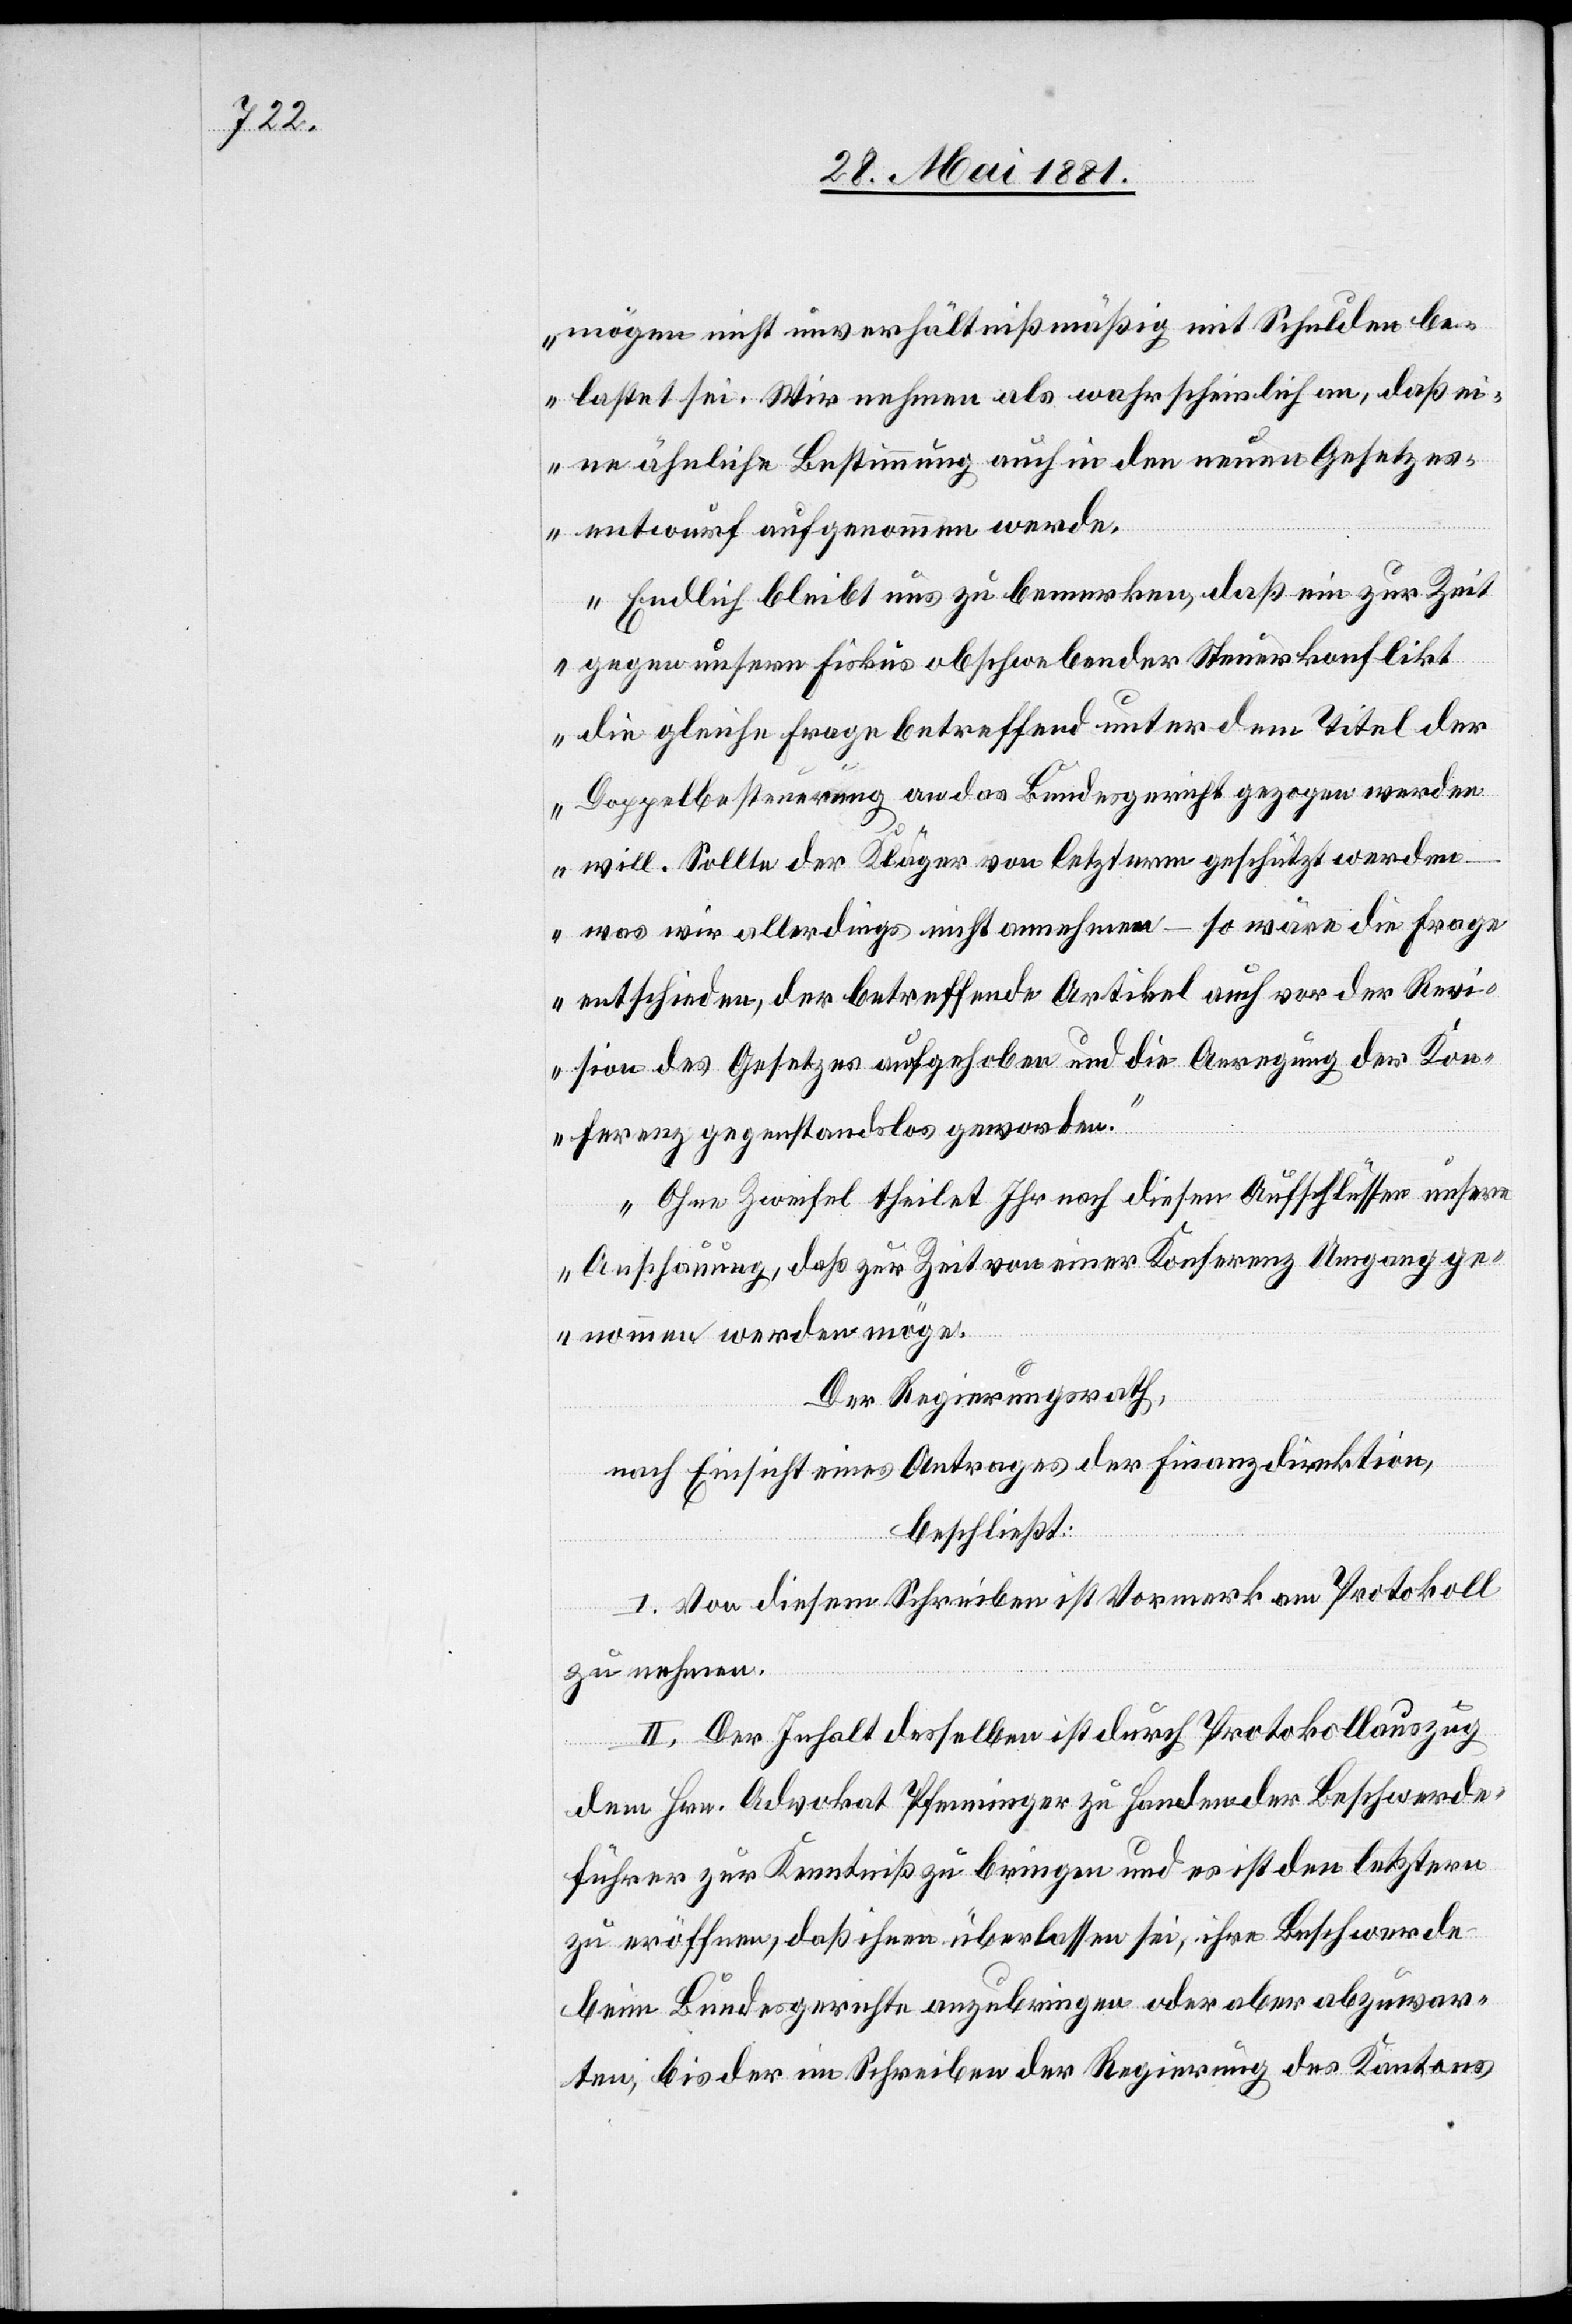
mögen nicht unverhältnißmäßig mit Schulden be¬
lastet sei. Wir nehmen als wahrscheinlich an, daß ei¬
ne ähnliche Bestimmung auch in den neuen Gesetzes¬
entwürfen aufgenommen werde.
Endlich bleibt uns zu bemerken, daß ein zur Zeit
gegen unsern Fiskus obschwebender Steuerkonflikt
die gleiche Frage betreffend unter dem Titel der
Doppelbesteuerung an das Bundesgericht gezogen werden
will. Sollte der Kläger von Letzterm geschützt werden
– was wir allerdings nicht annehmen – so wäre die Frage
entschieden, der betreffende Artikel auch von der Revi¬
sion des Gesetztes aufgehoben und die Anregung der Kon¬
ferenz gegenstandslos geworden.
Ohne Zweifel theilet Ihr nach diesen Aufschlüssen unsere
Anschauung, daß zur Zeit von einer Konferenz Umgang ge¬
nommen werden möge.“
Der Regierungsrath,
nach Einsicht eines Antrages der Finanzdirektion,
beschließt:
I. Von diesem Schreiben ist Vormerk am Protokoll
zu nehmen.
II. Der Inhalt desselben ist durch Protokollauszug
dem Hrn. Advokat Pfenninger zu Handen der Beschwerde¬
führer zur Kenntniß zu bringen und es ist den letztern
zu eröffnen, daß ihnen überlassen sei, ihre Beschwerde
beim Bundesgerichte anzubringen oder aber abzuwar¬
ten, bis der im Schreiben der Regierung des Kantons